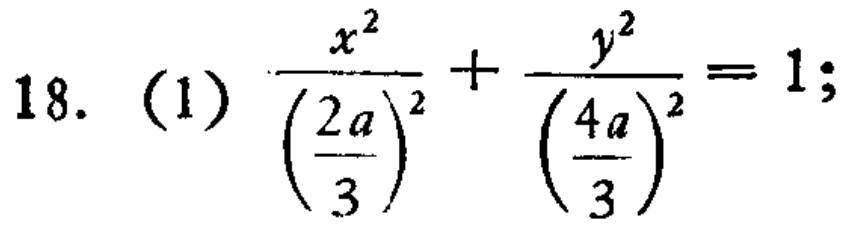
18. (1) \(\frac{x^{2}}{\left(\frac{2a}{3}\right)^{2}}+\frac{y^{2}}{\left(\frac{4a}{3}\right)^{2}} = 1\);